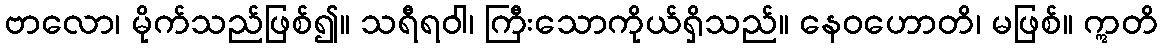
ဗာလော၊ မိုက်သည်ဖြစ်၍။ သရီရဝါ၊ ကြီးသောကိုယ်ရှိသည်။ နေဝဟောတိ၊ မဖြစ်။ ဣတိ